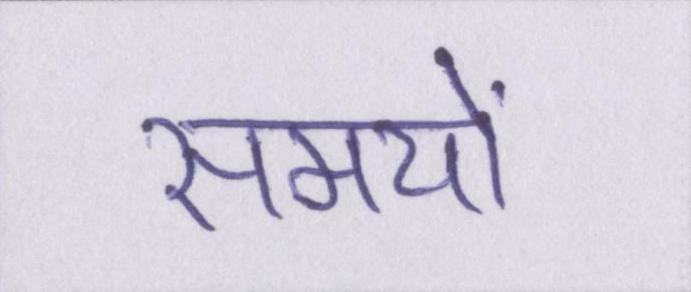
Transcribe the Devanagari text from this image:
समयों